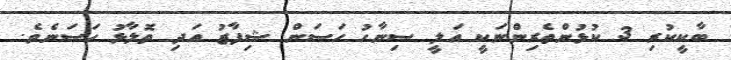
ބާކީކުރި 3 ކުޅުންތެރިންނަކީ އަލީ ސިނާހު ހަސަން ޝިފާޒު އަދި ތޮލާޅު ހަސަނެވެ.